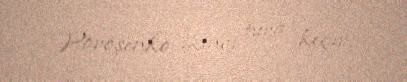
Poroşenko ikinci tura keçir.